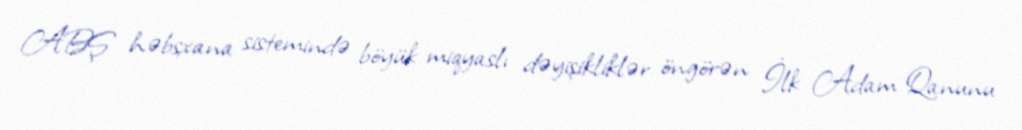
ABŞ həbsxana sistemində böyük miqyaslı dəyişikliklər öngörən İlk Adam Qanunu